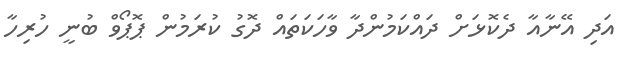
އަދި އޭނާއާ ދެކޮޅަށް ދައްކަމުންދާ ވާހަކަތައް ދޮގު ކުރަމުން ޕޮޕޯވް ބުނީ ހުރިހާ